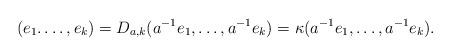
LaTeX: \begin{align*}(e_{1}. \dots, e_{k}) = D_{a,k}(a^{-1}e_{1}, \dots, a^{-1}e_{k}) = \kappa (a^{-1}e_{1}, \dots, a^{-1}e_{k}).\end{align*}